Lunatic asylums in Bengal annual reports 1912-1924 - 1912-1924
Year: 1912
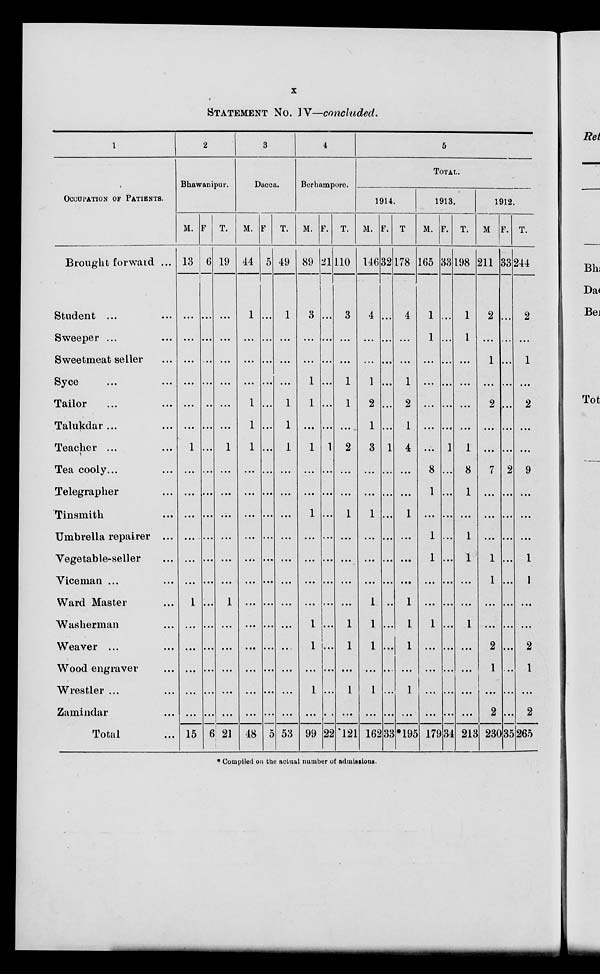
x
STATEMENT NO. IV—concluded.
1
OCCUPATION OF PATIENTS.
Brought forward ...
Student ...
Sweeper ...
Sweermeat seller ...
Syce ... ...
Tailor ... ...
Talukdar ... ...
Teacher ... ...
Tea cooly ... ...
Telegrapher ... ...
Tinsmith ... ...
Umbrella repairer ...
Vegetable-seller ...
Viceman ... ...
Ward Master ...
Washerman ...
Weaver ... ...
Wood engraver ...
Wrestler ... ...
Zamindar ...
Total ...
2
Bhawanipur.
M.
13
...
...
...
...
...
...
1
...
...
...
...
...
...
1
...
...
...
...
...
15
F.
6
...
...
...
...
...
...
...
...
...
...
...
...
...
...
...
...
...
...
...
6
T.
19
...
...
...
...
...
...
1
...
...
...
...
...
...
1
...
...
...
...
...
21
3
Dacca.
M.
44
1
...
...
...
1
1
1
...
...
...
...
...
...
...
...
...
...
...
...
48
F.
5
...
...
...
...
...
...
...
...
...
...
...
...
...
...
...
...
...
...
...
5
T.
49
1
...
...
...
1
1
1
...
...
...
...
...
...
...
...
...
...
...
...
53
4
Berhampore.
M.
89
3
...
...
1
1
...
1
...
...
1
...
...
...
...
1
1
...
1
...
99
F.
21
...
...
...
...
...
...
1
...
...
...
...
...
...
...
...
...
...
...
...
22
T.
110
3
...
...
1
1
...
2
...
...
1
...
...
...
...
1
1
...
1
...
121
5
TOTAL.
1914.
M.
146
4
...
...
1
2
1
3
...
...
1
...
...
...
1
1
1
...
1
...
162
F.
32
...
...
...
...
...
...
1
...
...
...
...
...
...
...
...
...
...
...
...
33
T
178
4
...
...
1
2
1
4
...
...
1
...
...
...
1
1
1
...
1
...
*195
1913.
M.
165
1
1
...
...
...
...
...
8
1
...
1
1
...
...
1
...
...
...
...
179
F.
33
...
...
...
...
...
...
1
...
...
...
...
...
...
...
...
...
...
...
...
34
T.
198
1
1
...
...
...
...
1
8
1
...
1
1
...
...
1
...
...
...
213
1912.
M.
211
2
...
1
...
2
...
...
7
...
...
...
1
1
...
...
2
1
...
2
230
F.
33
...
...
...
...
...
...
...
2
...
...
...
...
...
...
...
...
...
...
...
35
T.
244
2
...
1
...
2
...
...
9
...
...
...
1
I
...
...
2
1
...
2
265
* Compiled on the actual number of admissions